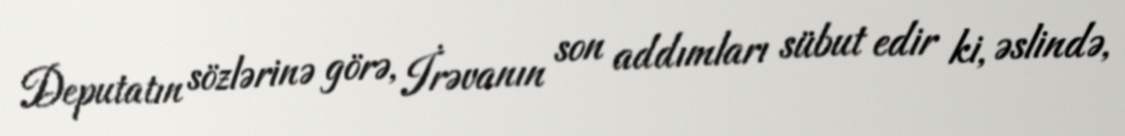
Deputatın sözlərinə görə, İrəvanın son addımları sübut edir ki, əslində,